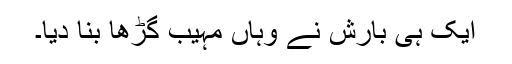
ایک ہی بارش نے وہاں مہیب گڑھا بنا دیا۔